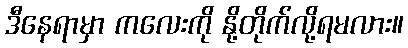
ဒီနေရာမှာ ကလေးကို နို့တိုက်လို့ရမလား။